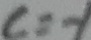
c = - 1